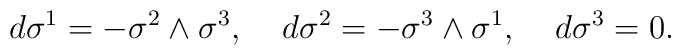
d\sigma^1=-\sigma^2\wedge \sigma^3,\;\;\;\;d\sigma^2=-\sigma^3\wedge \sigma^1,\;\;\;\; d\sigma^3=0.